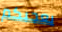
يعجبكم